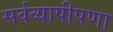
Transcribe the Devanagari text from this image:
सर्वव्यापीपणा